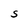
Character: S